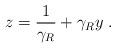
LaTeX: \begin{align*}z = \frac{1}{\gamma_R} + \gamma_R y \;.\end{align*}